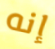
إنه